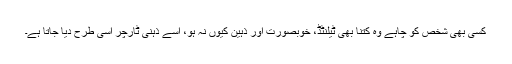
کسی بھی شخص کو چاہے وہ کتنا بھی ٹیلنٹڈ، خوبصورت اور ذہین کیوں نہ ہو، اسے ذہنی ٹارچر اسی طرح دیا جاتا ہے۔